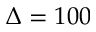
\Delta = 1 0 0